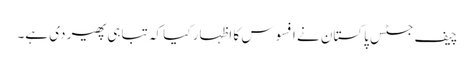
چیف جسٹس پاکستان نے افسوس کا اظہار کیا کہ تباہی پھیر دی ہے۔